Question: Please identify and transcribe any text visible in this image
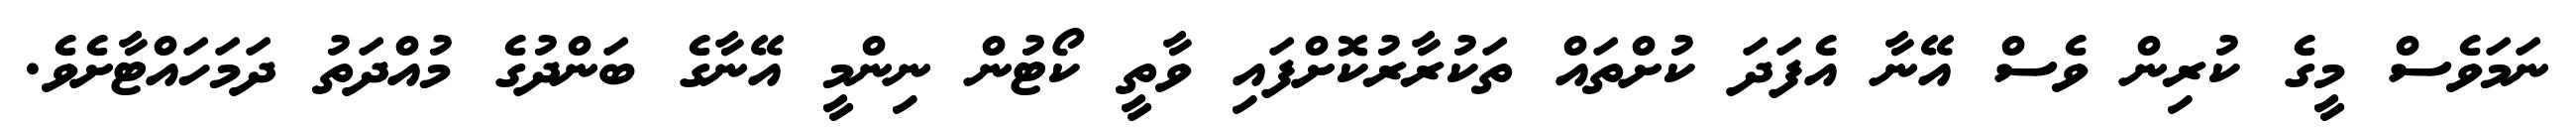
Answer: ނަމަވެސް މީގެ ކުރިން ވެސް އޭނާ އެފަދަ ކުށްތައް ތަކުރާރުކޮށްފައި ވާތީ ކޯޓުން ނިންމީ އޭނާގެ ބަންދުގެ މުއްދަތު ދަމަހައްޓާށެވެ.